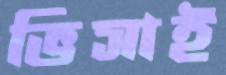
ভিসাই